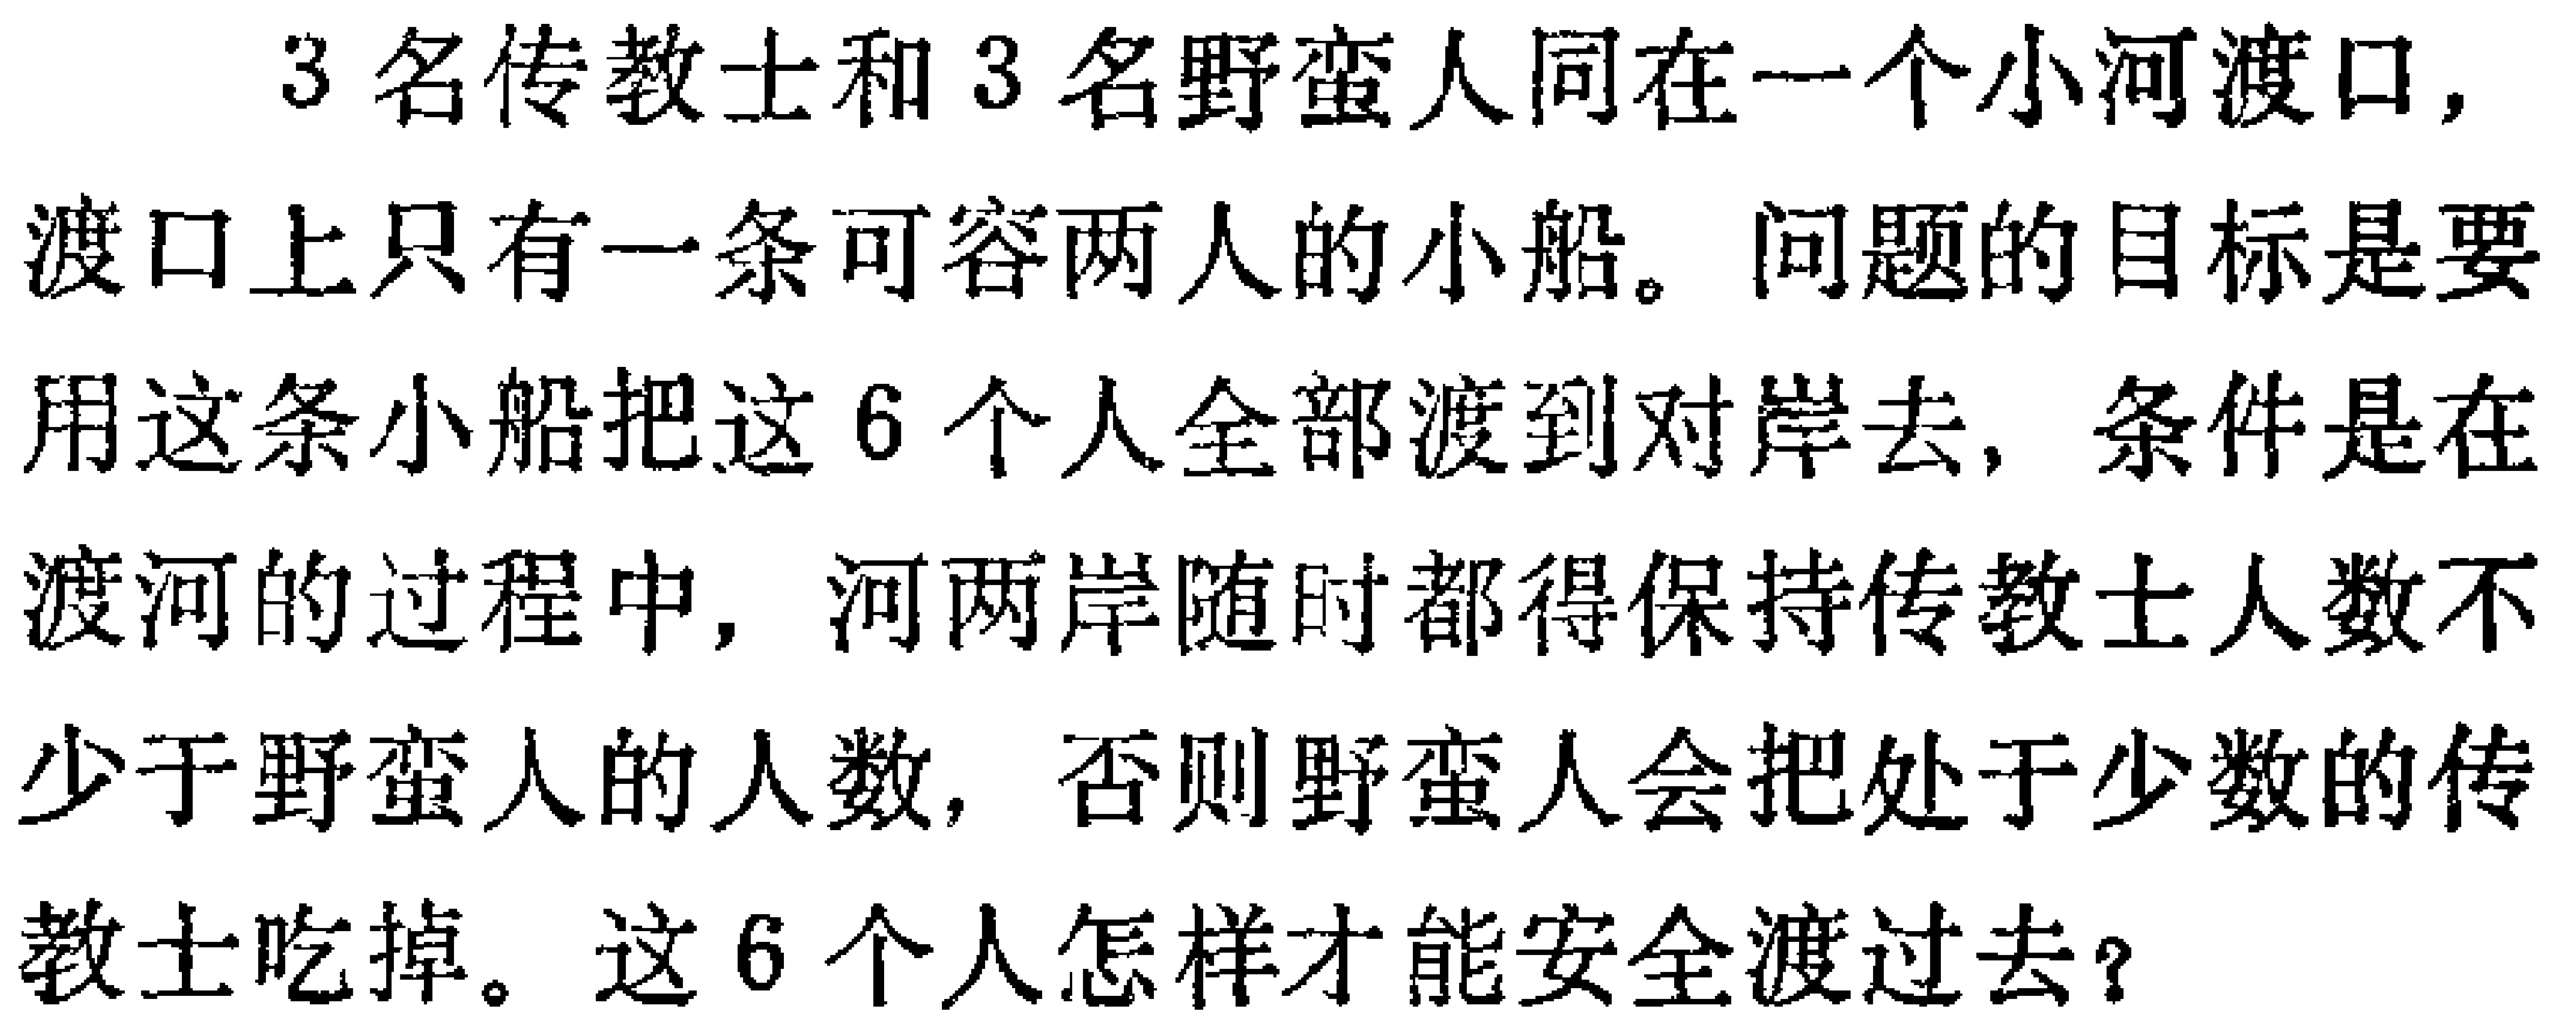
3名传教士和3名野蛮人同在一个小河渡口，渡口上只有一条可容两人的小船。问题的目标是要用这条小船把这6个人全部渡到对岸去，条件是在渡河的过程中，河两岸随时都得保持传教士人数不少于野蛮人的人数，否则野蛮人会把处于少数的传教士吃掉。这6个人怎样才能安全渡过去？